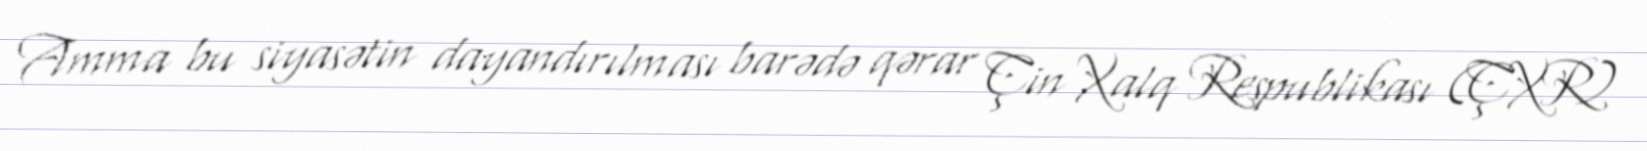
Amma bu siyasətin dayandırılması barədə qərar Çin Xalq Respublikası (ÇXR)